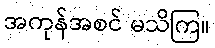
အကုန်အစင် မသိကြ။